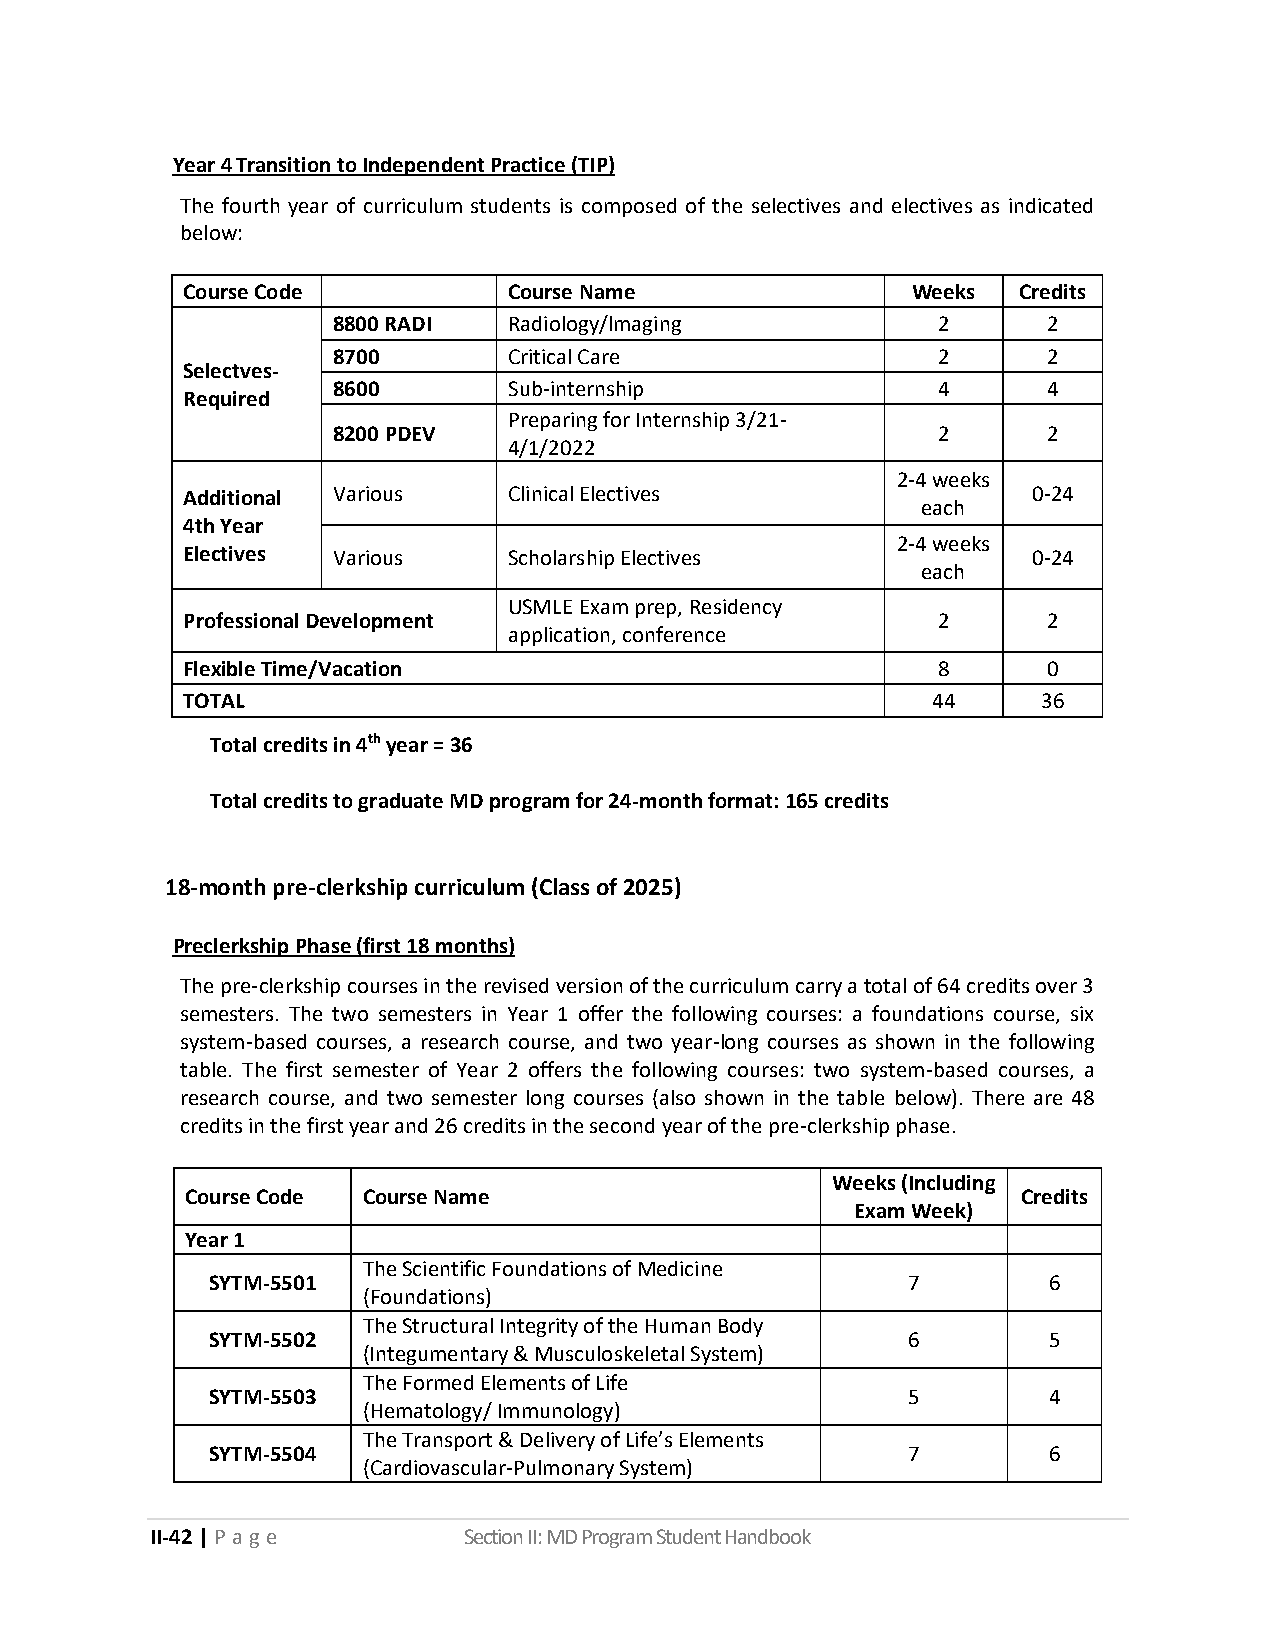
Year 4 Transition to Independent Practice (TIP)
 The fourth year of curriculum students is composed of the selectives and electives as indicated
 below:
 Course Code           Course Name               Weeks  Credits
 8800 RADI   Radiology/lmaging           2      2
 8700        Critical Care               2      2
 Selectves-
 8600        Sub-internship              4      4
 Required
 Preparing for Internship 3/21-
 8200 PDEV                               2      2
 4/1/2022
 2-4 weeks
 Additional Various    Clinical Electives                0-24
 each
 4th Year
 2-4 weeks
 Electives Various     Scholarship Electives             0-24
 each
 USMLE Exam prep, Residency
 Professional Development                          2      2
 application, conference
 Flexible Time/Vacation                            8      0
 TOTAL                                             44     36
 Total credits in 4th year = 36
 Total credits to graduate MD program for 24-month format: 165 credits
 18-month pre-clerkship curriculum (Class of 2025)
 Preclerkship Phase (first 18 months)
 The pre-clerkship courses in the revised version of the curriculum carry a total of 64 credits over 3
 semesters. The two semesters in Year 1 offer the following courses: a foundations course, six
 system-based courses, a research course, and two year-long courses as shown in the following
 table. The first semester of Year 2 offers the following courses: two system-based courses, a
 research course, and two semester long courses (also shown in the table below). There are 48
 credits in the first year and 26 credits in the second year of the pre-clerkship phase.
 Weeks (Including
 Course Code Course Name                                 Credits
 Exam Week)
 Year 1
 The Scientific Foundations of Medicine
 SYTM-5501                                     7        6
 (Foundations)
 The Structural Integrity of the Human Body
 SYTM-5502                                     6        5
 (Integumentary & Musculoskeletal System)
 The Formed Elements of Life
 SYTM-5503                                     5        4
 (Hematology/ Immunology)
 The Transport & Delivery of Life’s Elements
 SYTM-5504                                     7        6
 (Cardiovascular-Pulmonary System)
 II-42 | P a g e      Section II: MD Program Student Handbook